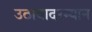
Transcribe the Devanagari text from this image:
उठावादरम्यान